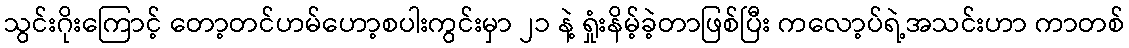
သွင်းဂိုးကြောင့် တော့တင်ဟမ်ဟော့စပါးကွင်းမှာ ၂၁ နဲ့ ရှုံးနိမ့်ခဲ့တာဖြစ်ပြီး ကလော့ပ်ရဲ့အသင်းဟာ ကာတစ်